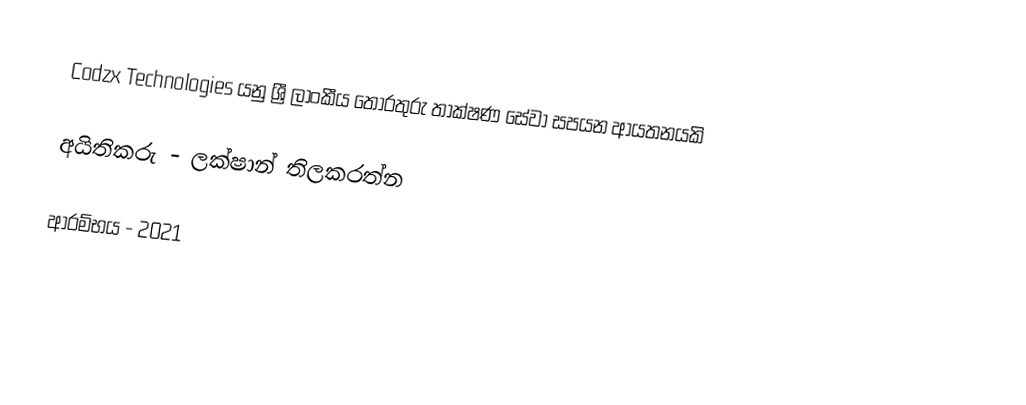
Codzx Technologies යනු ශ්‍රී ලාංකී​ය තොරතුරු තාක්ෂණ සේවා සපයන ආයතනයකි

අයිතිකරු - ලක්ෂාන් තිලකරත්න

ආරම්භය - 2021